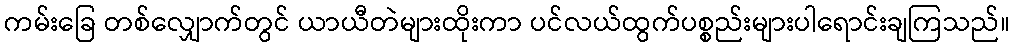
ကမ်းခြေ တစ်လျှောက်တွင် ယာယီတဲများထိုးကာ ပင်လယ်ထွက်ပစ္စည်းများပါရောင်းချကြသည်။